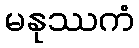
မနုဿကံ